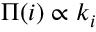
\Pi ( i ) \propto k _ { i }